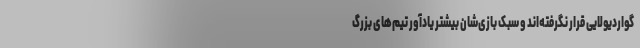
گواردیولایی قرار نگرفته‌اند و سبک بازی‌شان بیشتر یادآور تیم‌های بزرگ